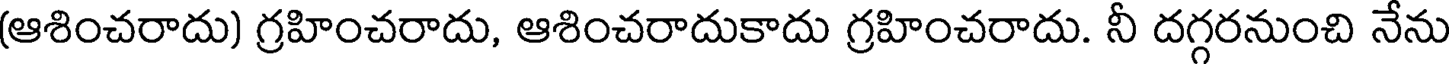
(ఆశించరాదు) గ్రహించరాదు, ఆశించరాదుకాదు గ్రహించరాదు. నీ దగ్గరనుంచి నేను